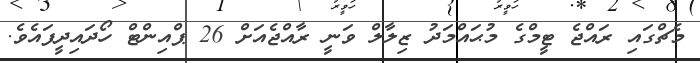
މެޗްގައި ރައްޖެ ޓީމްގެ މުޙައްމަދު ޒިލާލް ވަނީ ރާއްޖެއަށް 26 ޕްއިންޓް ހޯދައިދީފައެވެ.